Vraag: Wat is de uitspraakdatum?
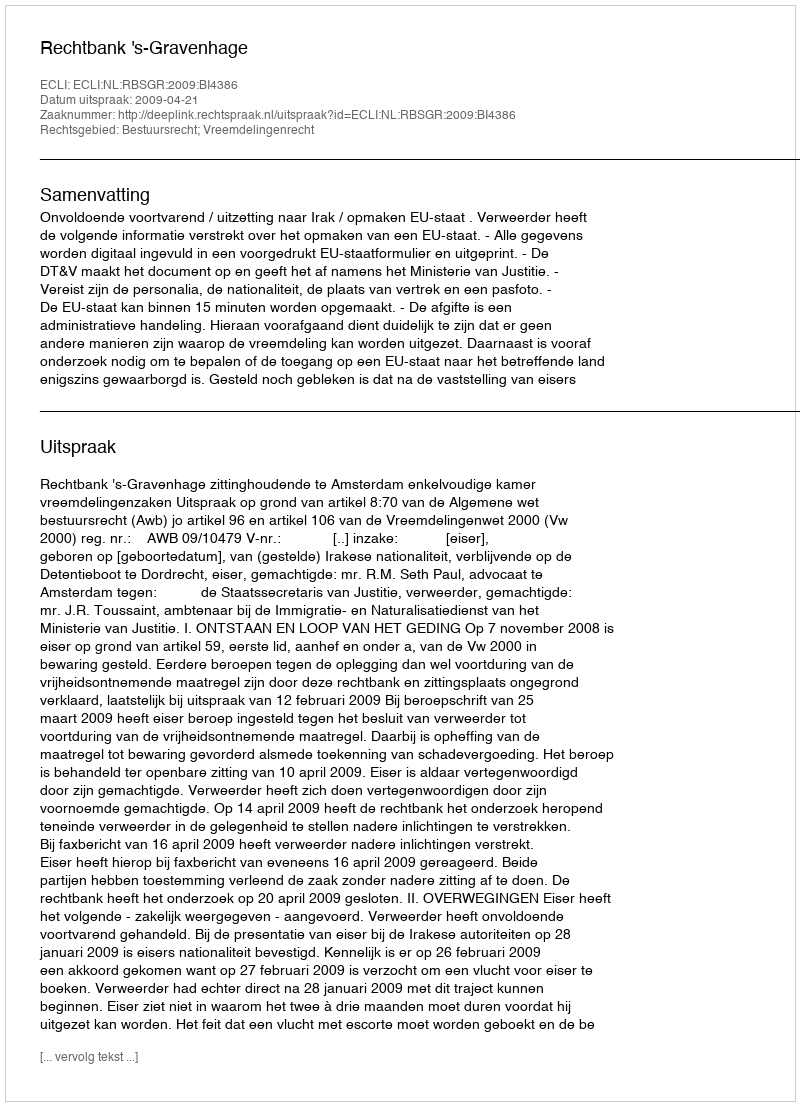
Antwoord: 2009-04-21